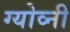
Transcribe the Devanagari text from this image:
ग्योव्नी